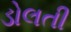
ડોલતી